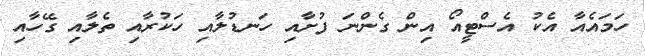
ހަމައެއާ އެކު އެސްޓީއޯ އިން ގެންނަ ފުށާއި ހަނޑުލާއި ހަކުރާއި ތެލާއި ގޭހާއި